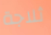
ثلاجة